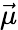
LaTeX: \vec{\mu}